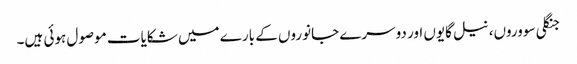
جنگلی سووروں، نیل گایوں اور دوسرے جانوروں کے بارے میں شکایات موصول ہوئی ہیں۔